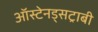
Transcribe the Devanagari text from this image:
ऑस्टेनड्सट्राबी